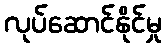
လုပ်ဆောင်နိုင်မှု